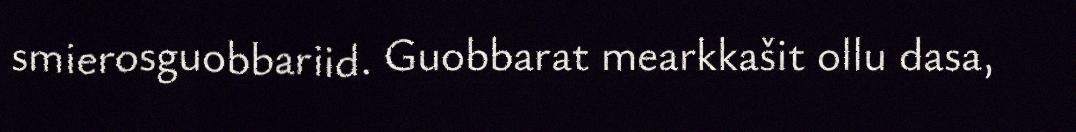
smierosguobbariid. Guobbarat mearkkašit ollu dasa,